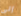
إلى